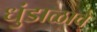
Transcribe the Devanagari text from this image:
धुंडाळावे